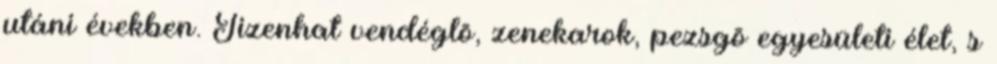
utáni években. Tizenhat vendéglõ, zenekarok, pezsgõ egyesületi élet, s